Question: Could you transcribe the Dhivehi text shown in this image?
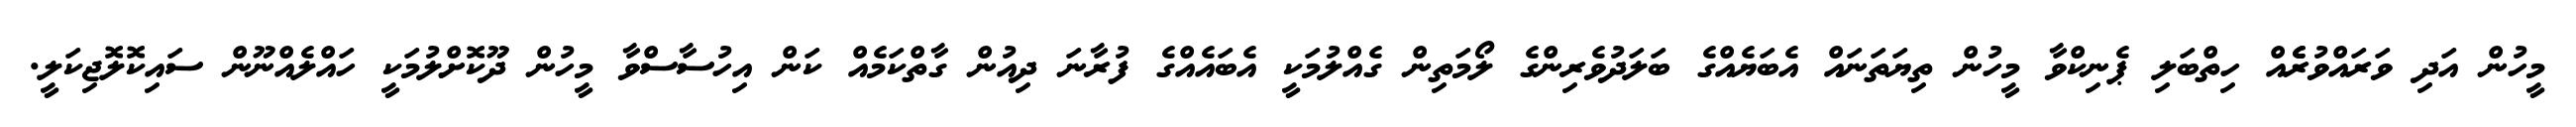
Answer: މީހުން އަދި ވަރައްވުރެެއް ހިތްބަލި ޕެނިކްވާ މީހުން ތިޔަތަނައް އެބަޔެއްގެ ބަލަދުވެރިންގެ ލޯމަތިން ގެއްލުމަކީ އެބައެއްގެ ފުރާނަ ދިއުން ގާތްކަމެއް ކަން އިހުސާސްވާ މީހުން ދޫކޮށްލުމަކީ ހައްލެއްނޫން ސައިކޮލޮޖިކަލީ.